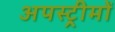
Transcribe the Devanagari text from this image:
अपस्ट्रीमों